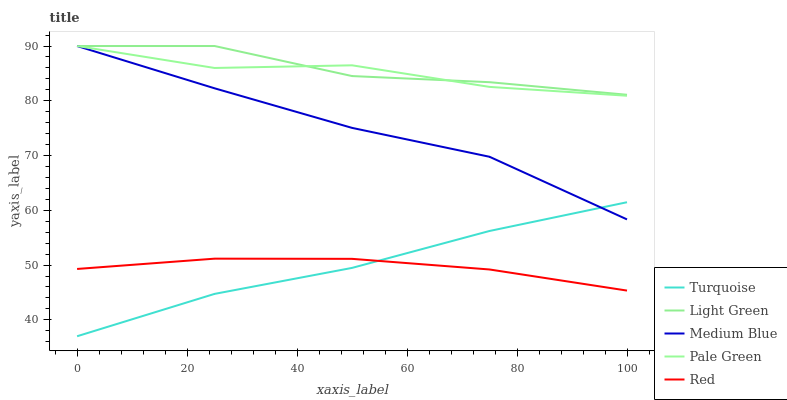
| xaxis_label | Turquoise | Light Green | Medium Blue | Pale Green | Red |
 | --- | --- | --- | --- | --- | --- |
 | 0 | 37 | 90 | 90 | 90 | 49.3 |
 | 25 | 44.7 | 90 | 82.3 | 86 | 51.2 |
 | 50 | 49.5 | 84.5 | 75.1 | 86.5 | 51.1 |
 | 75 | 56.2 | 83.4 | 69.8 | 82.5 | 49.2 |
 | 100 | 61.5 | 81.1 | 58.3 | 80.9 | 45.3 |